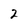
Character: 2